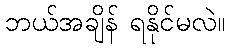
ဘယ်အချိန် ရနိုင်မလဲ။